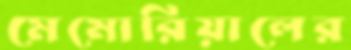
মেমোরিয়ালের